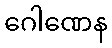
ဂေါဏေန